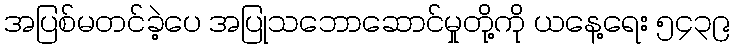
အပြစ်မတင်ခဲ့ပေ အပြုသဘောဆောင်မှုတို့ကို ယနေ့ရေး ၅၄၃၉